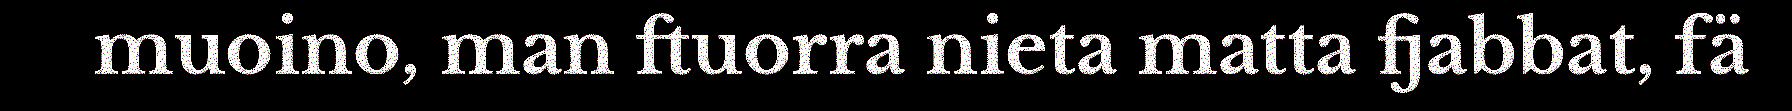
muoino, man ftuorra nieta matta fjabbat, fä